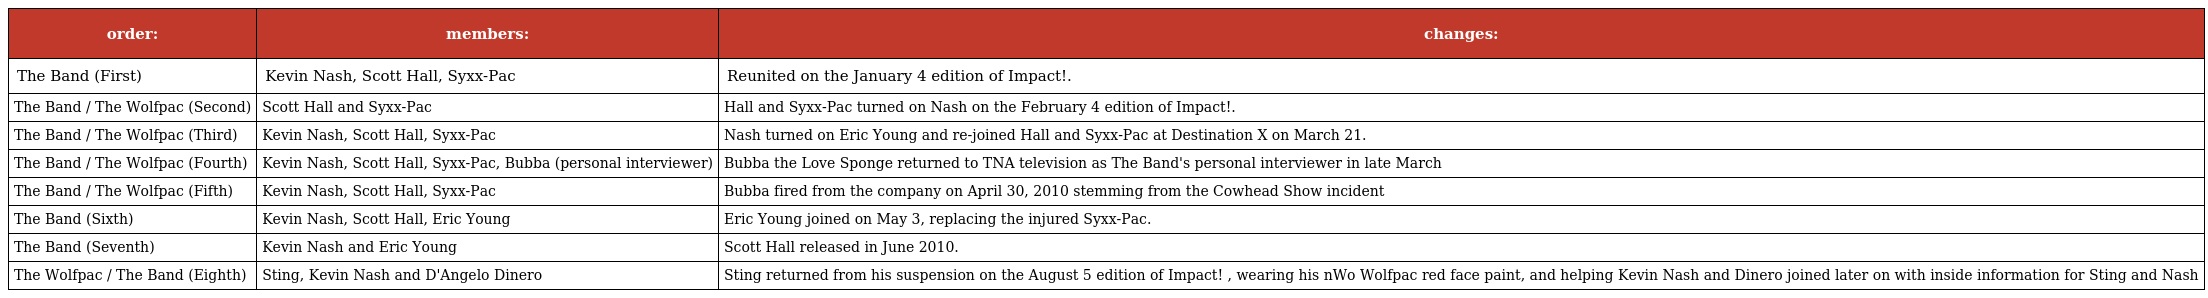
| order: | members: | changes: |
 | --- | --- | --- |
 | The Band (First) | Kevin Nash, Scott Hall, Syxx-Pac | Reunited on the January 4 edition of Impact!. |
 | The Band / The Wolfpac (Second) | Scott Hall and Syxx-Pac | Hall and Syxx-Pac turned on Nash on the February 4 edition of Impact!. |
 | The Band / The Wolfpac (Third) | Kevin Nash, Scott Hall, Syxx-Pac | Nash turned on Eric Young and re-joined Hall and Syxx-Pac at Destination X on March 21. |
 | The Band / The Wolfpac (Fourth) | Kevin Nash, Scott Hall, Syxx-Pac, Bubba (personal interviewer) | Bubba the Love Sponge returned to TNA television as The Band's personal interviewer in late March |
 | The Band / The Wolfpac (Fifth) | Kevin Nash, Scott Hall, Syxx-Pac | Bubba fired from the company on April 30, 2010 stemming from the Cowhead Show incident |
 | The Band (Sixth) | Kevin Nash, Scott Hall, Eric Young | Eric Young joined on May 3, replacing the injured Syxx-Pac. |
 | The Band (Seventh) | Kevin Nash and Eric Young | Scott Hall released in June 2010. |
 | The Wolfpac / The Band (Eighth) | Sting, Kevin Nash and D'Angelo Dinero | Sting returned from his suspension on the August 5 edition of Impact! , wearing his nWo Wolfpac red face paint, and helping Kevin Nash and Dinero joined later on with inside information for Sting and Nash |